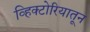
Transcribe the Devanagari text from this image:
व्हिक्टोरियातून